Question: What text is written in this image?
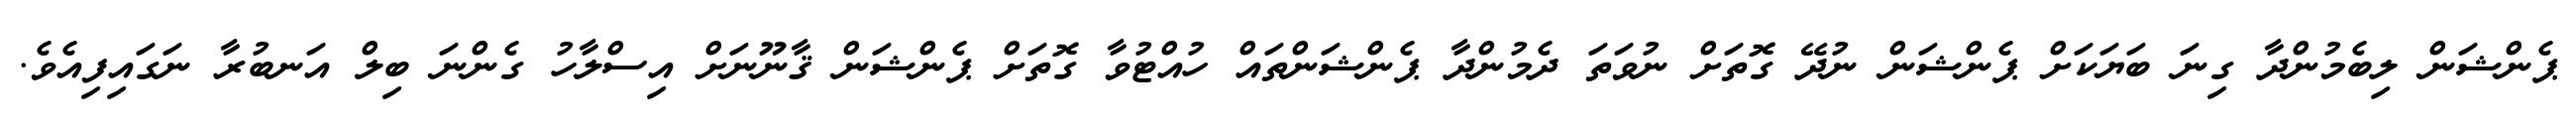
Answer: ޕެންޝަން ލިބެމުންދާ ގިނަ ބަޔަކަށް ޕެންޝަން ނުދޭ ގޮތަށް ނުވަތަ ދެމުންދާ ޕެންޝަންތައް ހުއްޓުވާ ގޮތަށް ޕެންޝަން ޤާނޫނަށް އިސްލާހު ގެންނަ ބިލް އަނބުރާ ނަގައިފިއެވެ.